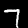
Digit: 7